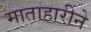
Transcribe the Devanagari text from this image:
माताहारीने